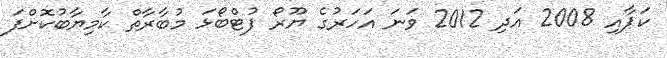
ކަޕާއި 2008 އަދި 2012 ވަނަ އަހަރުގެ ޔޫރޯ ފުޓްބޯޅަ މުބާރާތް ކާމިޔާބުކޮށްފަ